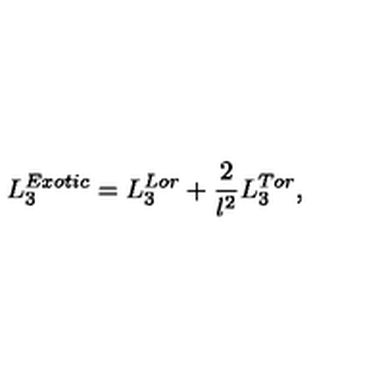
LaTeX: L _ { 3 } ^ { E x o t i c } = L _ { 3 } ^ { L o r } + \frac { 2 } { l ^ { 2 } } L _ { 3 } ^ { T o r } ,